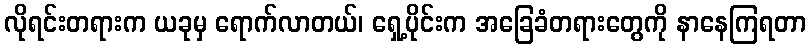
လိုရင်းတရားက ယခုမှ ရောက်လာတယ်၊ ရှေ့ပိုင်းက အခြေခံတရားတွေကို နာနေကြရတာ